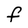
Character: f